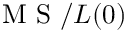
\textrm { M S } / L ( 0 )